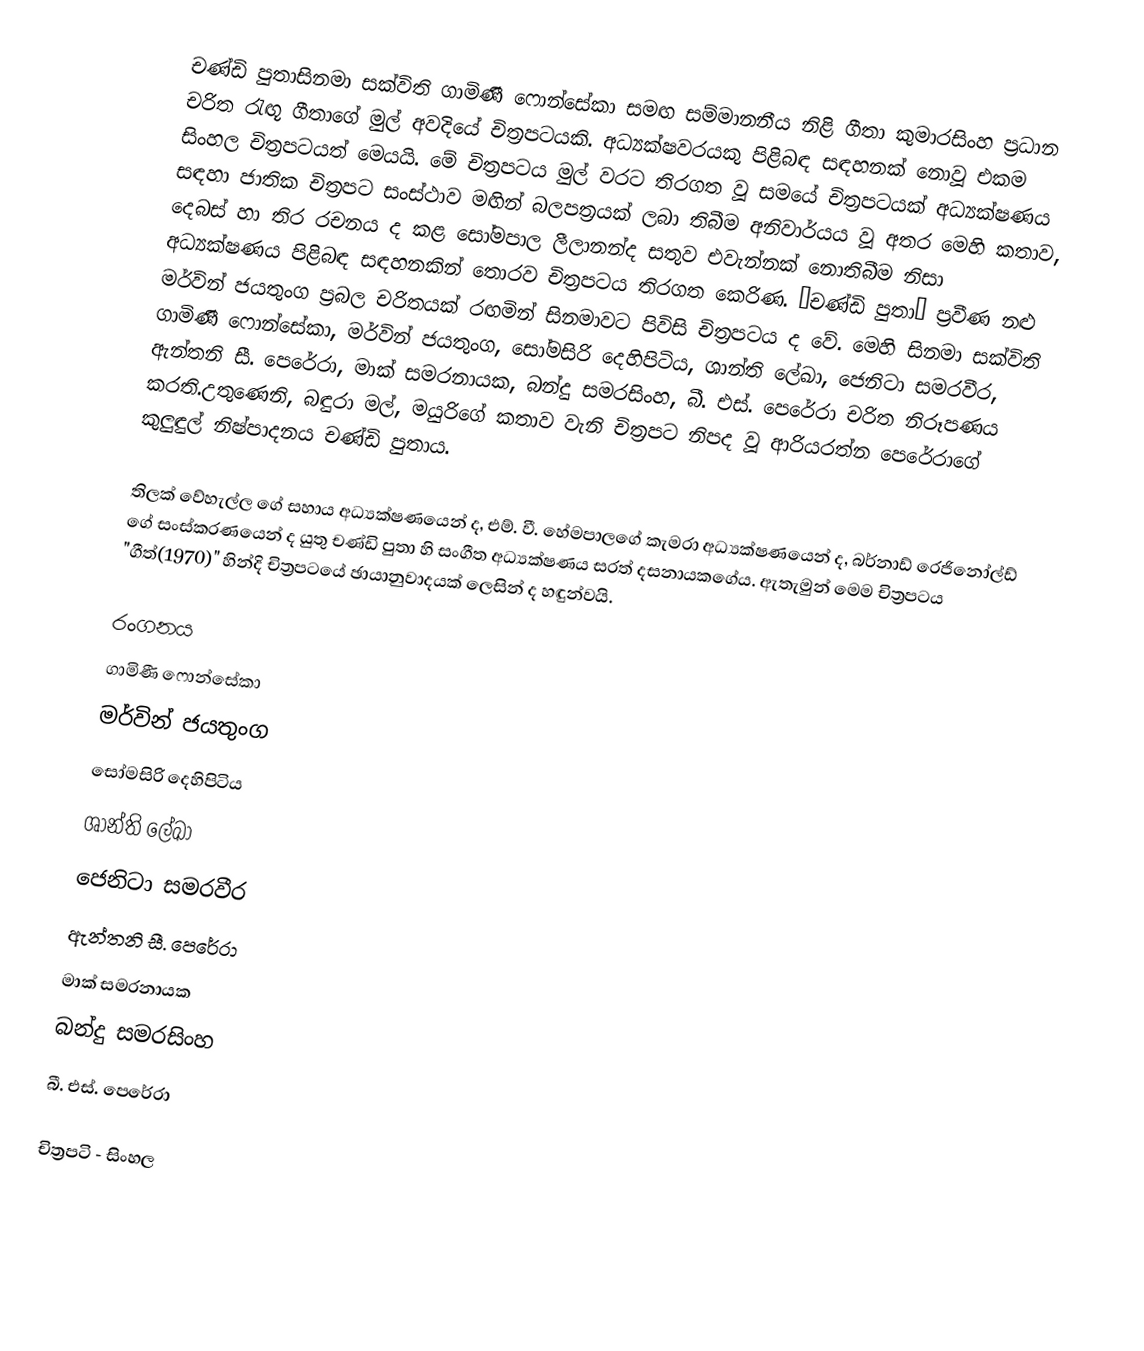
චණ්ඩි පුතාසිනමා සක්විති ගාමිණී ෆොන්සේකා සමඟ සම්මානනීය නිළි ගීතා කුමාරසිංහ ප්‍රධාන චරිත රැඟූ ගීතාගේ මුල් අවදියේ චිත්‍රපටයකි. අධ්‍යක්ෂවරයකු පිළිබඳ සඳහනක් නොවූ එකම සිංහල චිත්‍රපටයත් මෙයයි. මේ චිත්‍රපටය මුල් වරට තිරගත වූ සමයේ චිත්‍රපටයක් අධ්‍යක්ෂණය සඳහා ජාතික චිත්‍රපට සංස්ථාව මඟින් බලපත්‍රයක් ලබා තිබීම අනිවාර්යය වූ අතර මෙහි කතාව, දෙබස් හා තිර රචනය ද කළ සෝමපාල ලීලානන්ද සතුව එවැන්නක් නොතිබීම නිසා අධ්‍යක්ෂණය පිළිබඳ සඳහනකින් තොරව චිත්‍රපටය තිරගත කෙරිණ. ‘චණ්ඩි පුතා’ ප්‍රවීණ නළු මර්වින් ජයතුංග ප්‍රබල චරිතයක් රඟමින් සිනමාවට පිවිසි චිත්‍රපටය ද වේ. මෙහි සිනමා සක්විති ගාමිණී ෆොන්සේකා, මර්වින් ජයතුංග, සෝමසිරි දෙහිපිටිය, ශාන්ති ලේඛා, ජෙනිටා සමරවීර, ඇන්තනි සී. පෙරේරා, මාක් සමරනායක, බන්දු සමරසිංහ, බී. එස්. පෙරේරා චරිත නිරූපණය කරති.උතුණෙනි, බඳුරා මල්, මයුරිගේ කතාව වැනි චිත්‍රපට නිපද වූ ආරියරත්න පෙරේරාගේ කුලුඳුල් නිෂ්පාදනය චණ්ඩි පුතාය.

තිලක් වේහැල්ල ගේ සහාය අධ්‍යක්ෂණයෙන් ද, එම්. වී. හේමපාලගේ කැමරා අධ්‍යක්ෂණයෙන් ද, බර්නාඩ් රෙජිනෝල්ඩ් ගේ සංස්කරණයෙන් ද යුතු චණ්ඩි පුතා හි සංගීත අධ්‍යක්ෂණය සරත් දසනායකගේය. ඇතැමුන් මෙම චිත්‍රපටය "ගීත්(1970)" හින්දි චිත්‍රපටයේ ඡායානුවාදයක් ලෙසින් ද හඳුන්වයි.

රංගනය
ගාමිණී ෆොන්සේකා
මර්වින් ජයතුංග
සෝමසිරි දෙහිපිටිය
ශාන්ති ලේඛා
ජෙනිටා සමරවීර
ඇන්තනි සී. පෙරේරා
මාක් සමරනායක
බන්දු සමරසිංහ
බී. එස්. පෙරේරා

චිත්‍රපටි - සිංහල